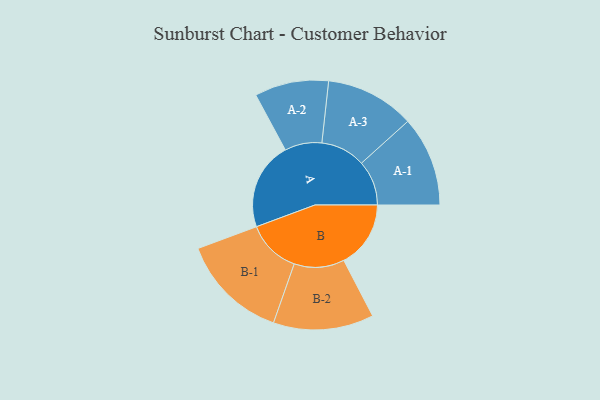
{"axis": {"x": "Segment", "y": "Value"}, "legend": ["", "A", "B"], "data": [{"x": "A", "y": 441, "type": ""}, {"x": "B", "y": 336, "type": ""}, {"x": "A-1", "y": 226, "type": "A"}, {"x": "A-2", "y": 186, "type": "A"}, {"x": "A-3", "y": 224, "type": "A"}, {"x": "B-1", "y": 270, "type": "B"}, {"x": "B-2", "y": 252, "type": "B"}]}